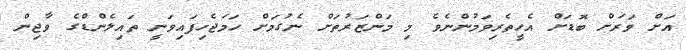
އަށް ވަރަށް ބޮޑަށް އެހީތެރިވަމުންނެވެ މި މަންޒަރުތަށް ނެގުމަށް ހަމަޖެހިފައިވަނީ ތައިލެންޑްގެ ވާޖިން